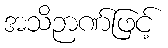
အသိဉာဏ်ဖြင့်